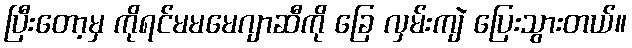
ပြီးတော့မှ ကိုရင်မမမေဂျာဆီကို ခြေ လှမ်းကျဲ ပြေးသွားတယ်။